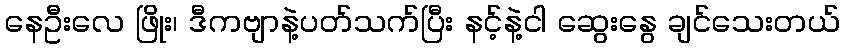
နေဦးလေ ဖြိုး၊ ဒီကဗျာနဲ့ပတ်သက်ပြီး နင့်နဲ့ငါ ဆွေးနွေ ချင်သေးတယ်